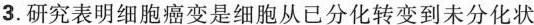
3.研究表明细胞癌变是细胞从已分化转变到未分化状